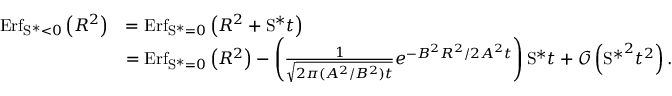
\begin{array} { r l } { \mathrm { E r f } _ { \mathrm { S } ^ { \ast } < 0 } \left( R ^ { 2 } \right) } & { = \mathrm { E r f } _ { \mathrm { S } ^ { \ast } = 0 } \left( R ^ { 2 } + \mathrm { S } ^ { \ast } t \right) } \\ & { = \mathrm { E r f } _ { \mathrm { S } ^ { \ast } = 0 } \left( R ^ { 2 } \right) - \left( \frac { 1 } { \sqrt { 2 \pi ( A ^ { 2 } / B ^ { 2 } ) t } } e ^ { - B ^ { 2 } R ^ { 2 } / 2 A ^ { 2 } t } \right) \mathrm { S } ^ { \ast } t + \mathcal { O } \left( { \mathrm { S } ^ { \ast } } ^ { 2 } t ^ { 2 } \right) . } \end{array}